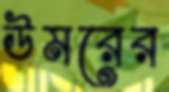
উমরের